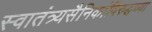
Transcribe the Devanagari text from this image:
स्वातंत्र्यसैनिकांविरुद्धच्या